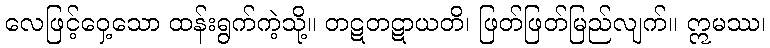
လေဖြင့်ဝှေ့သော ထန်းရွက်ကဲ့သို့။ တဋတဋာယတိ၊ ဖြတ်ဖြတ်မြည်လျက်။ ဣမဿ၊